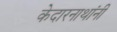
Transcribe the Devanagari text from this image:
केदारनाथांनी